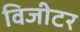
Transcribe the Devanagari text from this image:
विजीटर